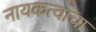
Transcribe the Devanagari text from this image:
नायकत्वाचा